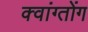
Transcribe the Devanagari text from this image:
क्वांग्तोंग